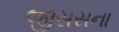
જીસસના